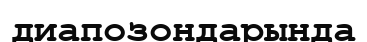
диапозондарында